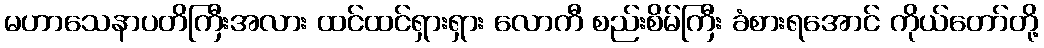
မဟာသေနာပတိကြီးအလား ထင်ထင်ရှားရှား လောကီ စည်းစိမ်ကြီး ခံစားရအောင် ကိုယ်တော်တို့